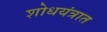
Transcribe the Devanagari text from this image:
शोधयंत्रात